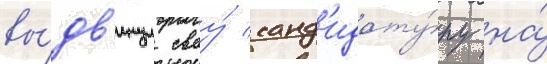
вы́дв'инул своу́ канд'идату́ру на́